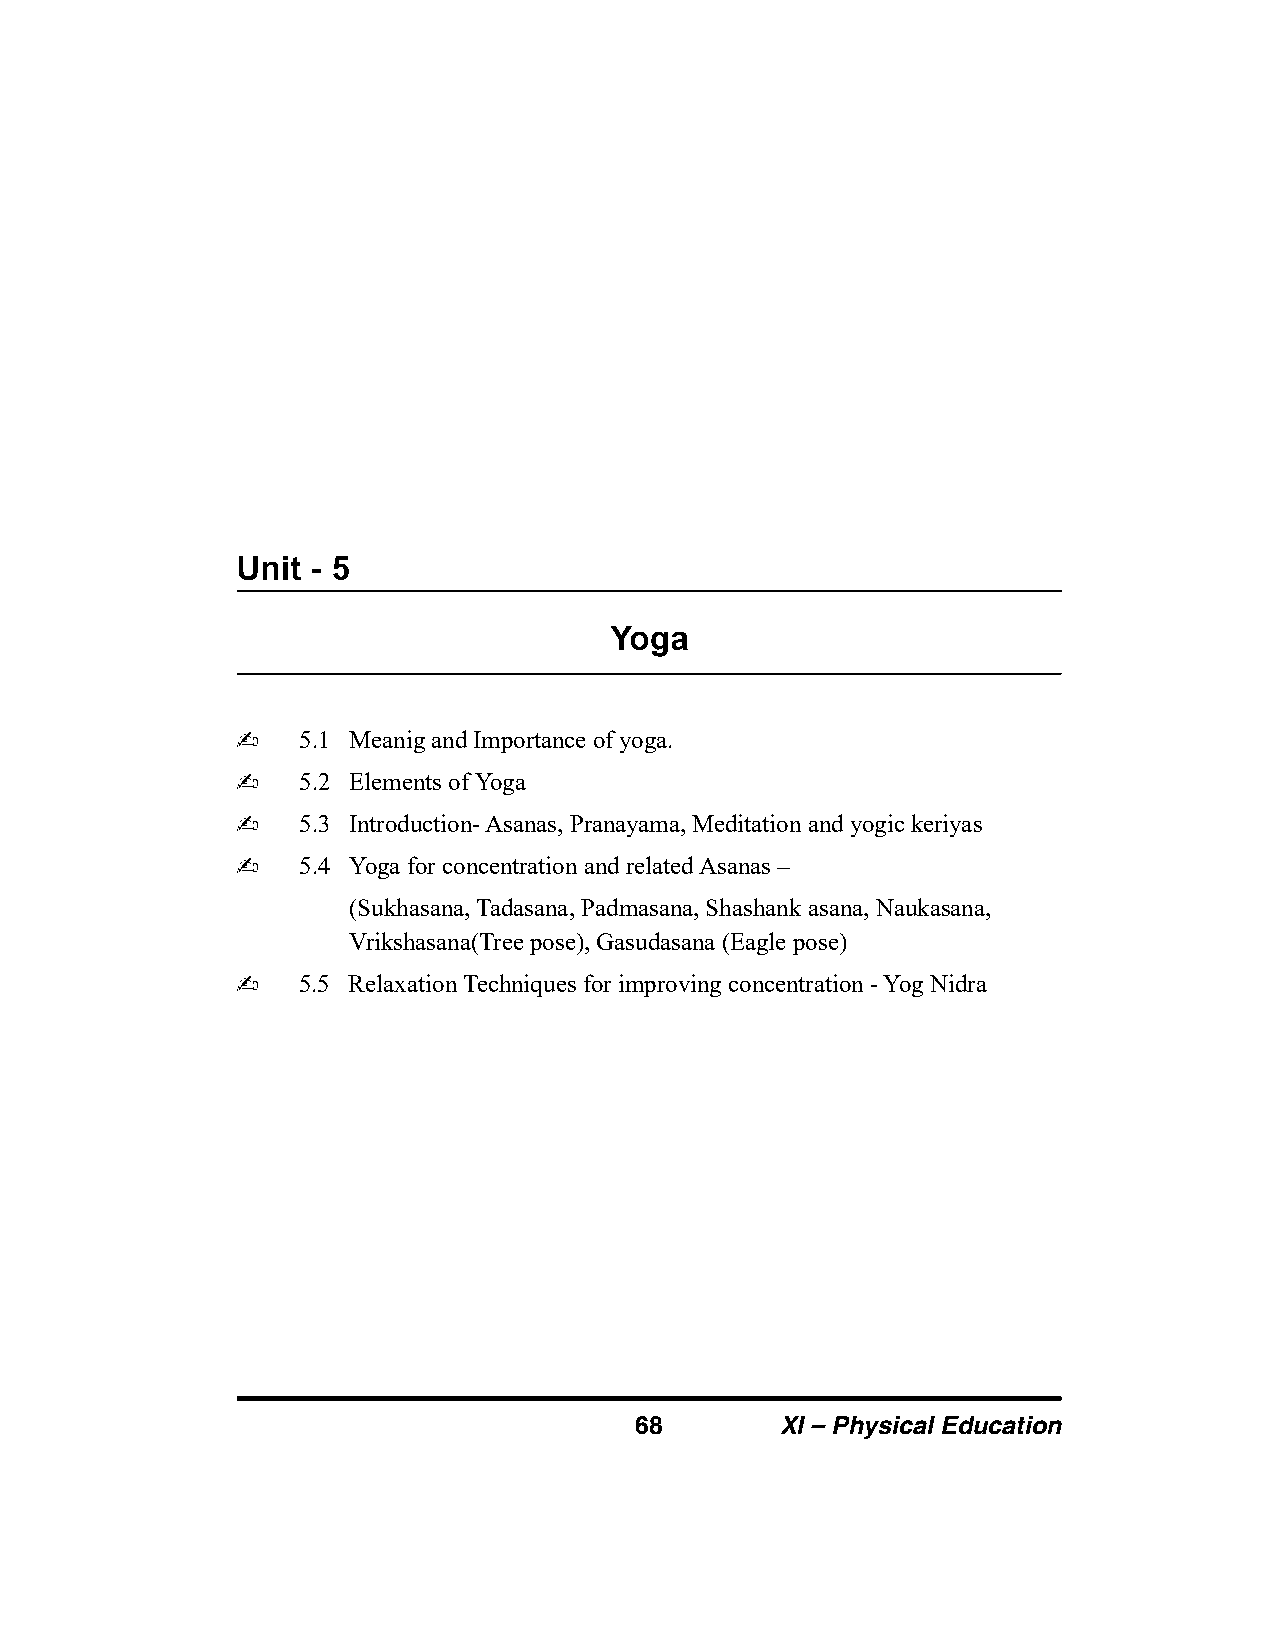
5.1 Meanig and Importance of yoga.
 5.2 Elements of Yoga
 5.3 Introduction- Asanas, Pranayama, Meditation and yogic keriyas
 5.4 Yoga for concentration and related Asanas –
 (Sukhasana, Tadasana, Padmasana, Shashank asana, Naukasana,
 Vrikshasana(Tree pose), Gasudasana (Eagle pose)
 5.5 Relaxation Techniques for improving concentration - Yog Nidra
 68        XI – Physical Education